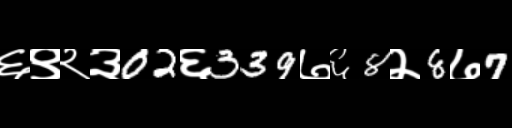
Text: ६९२३02६339७६8२8७7